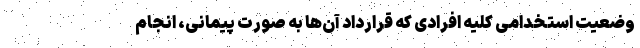
وضعیت استخدامی کلیه افرادی که قرارداد آن‌ها به صورت پیمانی، انجام